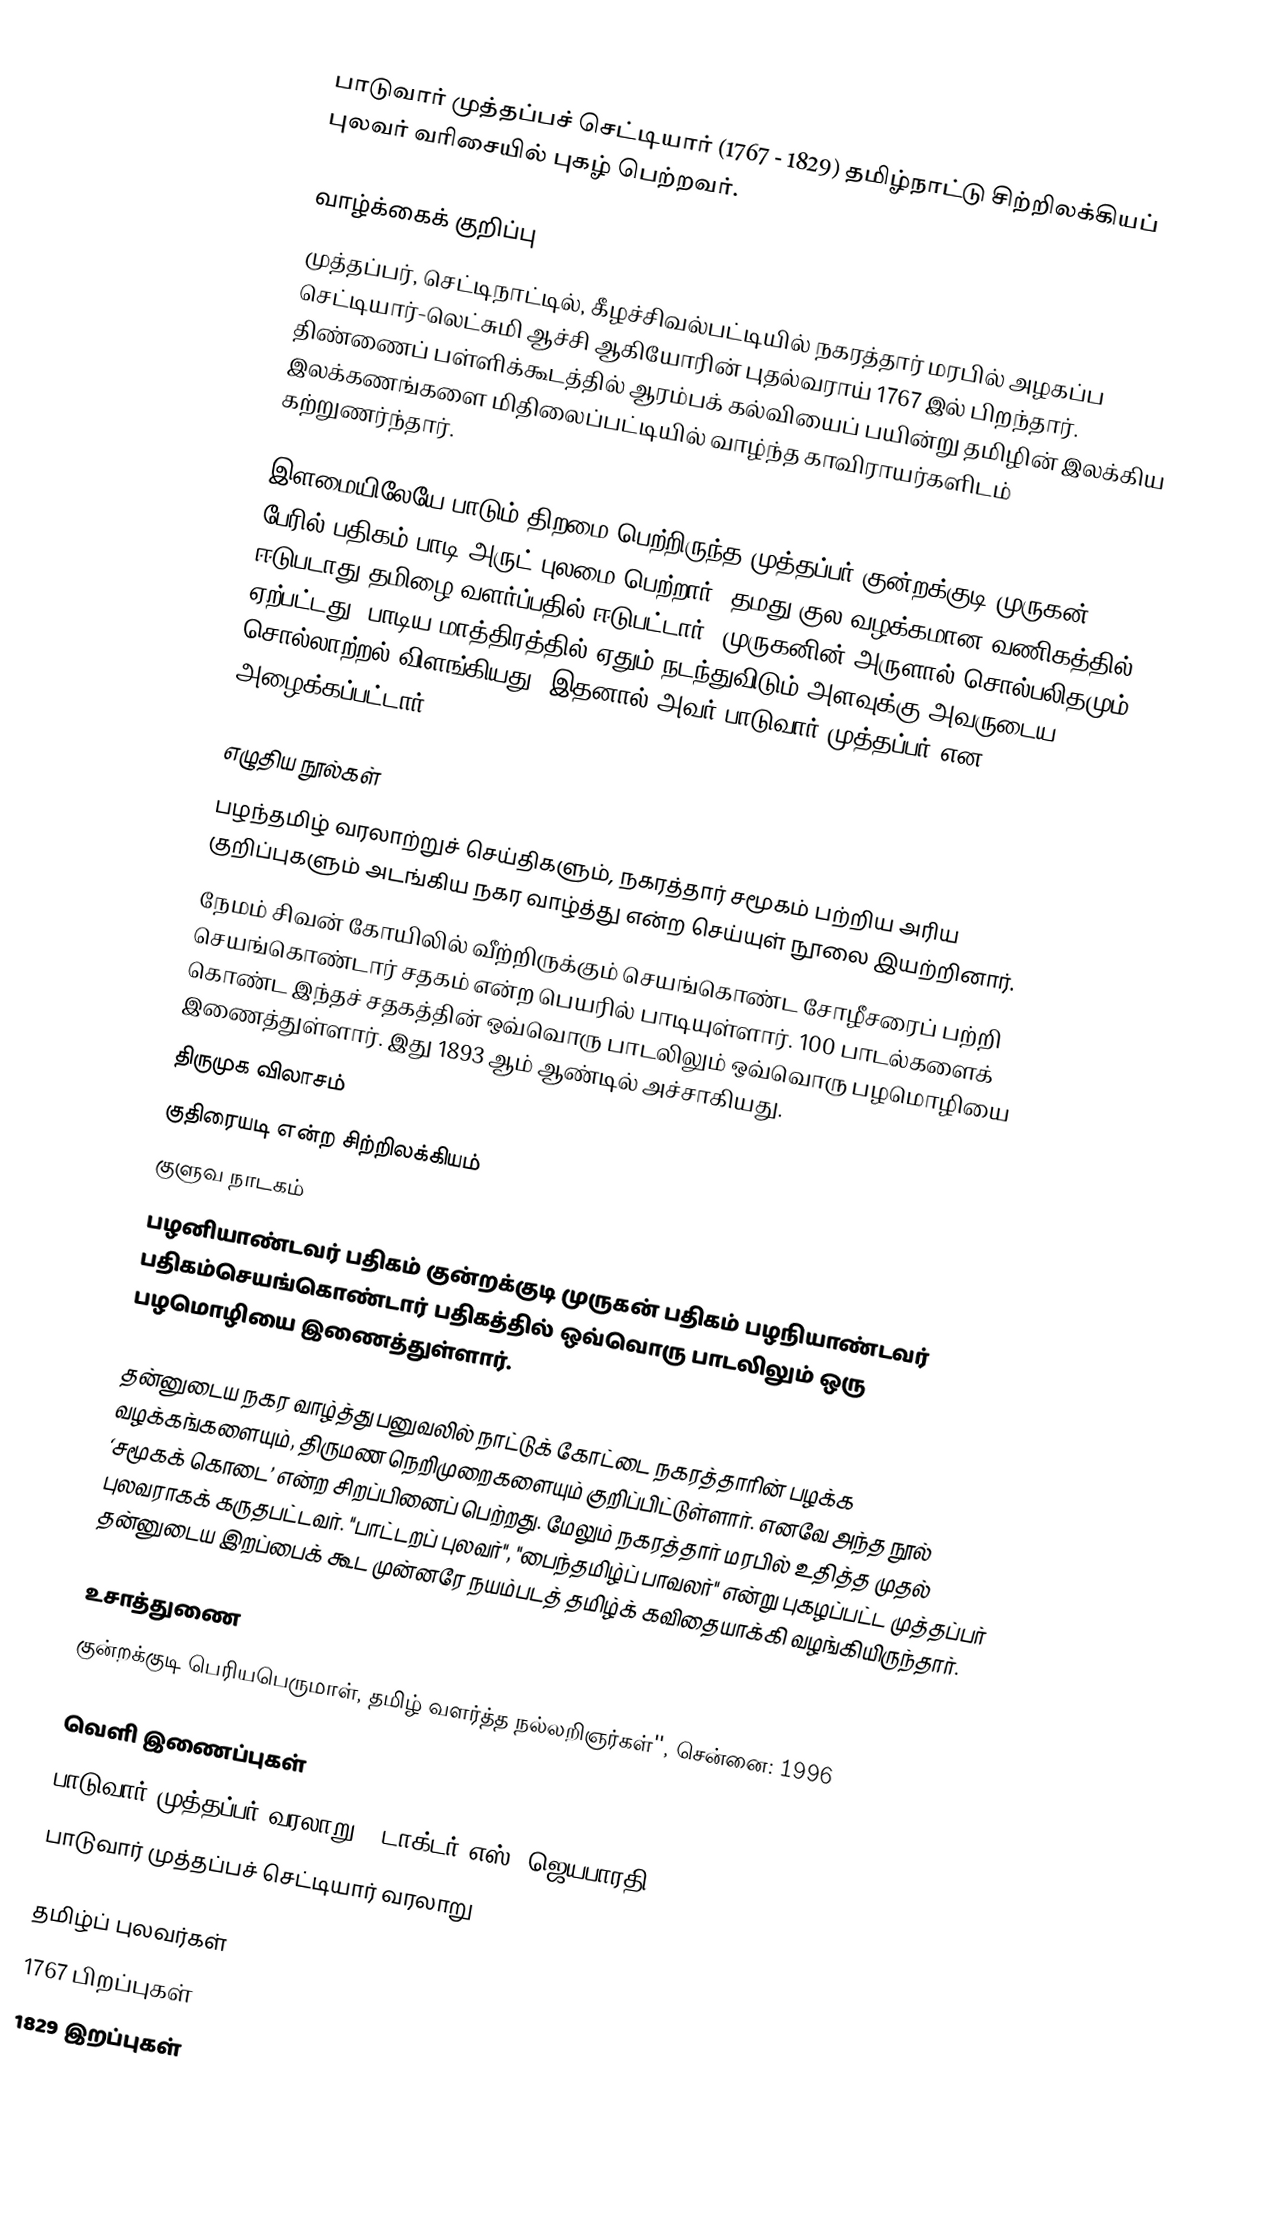
பாடுவார் முத்தப்பச் செட்டியார் (1767 - 1829) தமிழ்நாட்டு சிற்றிலக்கியப் புலவர் வரிசையில் புகழ் பெற்றவர்.

வாழ்க்கைக் குறிப்பு
முத்தப்பர், செட்டிநாட்டில்,  கீழச்சிவல்பட்டியில் நகரத்தார் மரபில் அழகப்ப செட்டியார்-லெட்சுமி ஆச்சி ஆகியோரின் புதல்வராய் 1767 இல் பிறந்தார். திண்ணைப் பள்ளிக்கூடத்தில் ஆரம்பக் கல்வியைப் பயின்று தமிழின் இலக்கிய இலக்கணங்களை மிதிலைப்பட்டியில் வாழ்ந்த காவிராயர்களிடம் கற்றுணர்ந்தார்.

இளமையிலேயே பாடும் திறமை பெற்றிருந்த முத்தப்பர் குன்றக்குடி முருகன் பேரில் பதிகம் பாடி அருட் புலமை பெற்றார். தமது குல வழக்கமான வணிகத்தில் ஈடுபடாது தமிழை வளர்ப்பதில் ஈடுபட்டார். முருகனின் அருளால் சொல்பலிதமும் ஏற்பட்டது. பாடிய மாத்திரத்தில் ஏதும் நடந்துவிடும் அளவுக்கு அவருடைய சொல்லாற்றல் விளங்கியது. இதனால் அவர் பாடுவார் முத்தப்பர் என அழைக்கப்பட்டார்.

எழுதிய நூல்கள்
 பழந்தமிழ் வரலாற்றுச் செய்திகளும், நகரத்தார் சமூகம் பற்றிய அரிய குறிப்புகளும் அடங்கிய நகர வாழ்த்து என்ற செய்யுள் நூலை இயற்றினார்.
 நேமம் சிவன் கோயிலில் வீற்றிருக்கும் செயங்கொண்ட சோழீசரைப் பற்றி செயங்கொண்டார் சதகம் என்ற பெயரில் பாடியுள்ளார். 100 பாடல்களைக் கொண்ட இந்தச் சதகத்தின் ஒவ்வொரு பாடலிலும் ஒவ்வொரு பழமொழியை இணைத்துள்ளார். இது 1893 ஆம் ஆண்டில் அச்சாகியது.
 திருமுக விலாசம்
 குதிரையடி என்ற சிற்றிலக்கியம்
 குளுவ நாடகம்
 பழனியாண்டவர் பதிகம் குன்றக்குடி முருகன் பதிகம் பழநியாண்டவர் பதிகம்செயங்கொண்டார் பதிகத்தில் ஒவ்வொரு பாடலிலும் ஒரு பழமொழியை இணைத்துள்ளார்.

தன்னுடைய நகர வாழ்த்து பனுவலில் நாட்டுக் கோட்டை நகரத்தாரின் பழக்க வழக்கங்களையும், திருமண நெறிமுறைகளையும் குறிப்பிட்டுள்ளார். எனவே அந்த நூல் ‘சமூகக் கொடை’ என்ற சிறப்பினைப் பெற்றது. மேலும் நகரத்தார் மரபில் உதித்த முதல் புலவராகக் கருதபட்டவர். "பாட்டறப் புலவர்", "பைந்தமிழ்ப் பாவலர்" என்று புகழப்பட்ட முத்தப்பர் தன்னுடைய இறப்பைக் கூட முன்னரே நயம்படத் தமிழ்க் கவிதையாக்கி வழங்கியிருந்தார்.

உசாத்துணை
 குன்றக்குடி பெரியபெருமாள், தமிழ் வளர்த்த நல்லறிஞர்கள்'', சென்னை: 1996

வெளி இணைப்புகள்
 பாடுவார் முத்தப்பர் வரலாறு  - டாக்டர் எஸ். ஜெயபாரதி
 பாடுவார் முத்தப்பச் செட்டியார் வரலாறு

தமிழ்ப் புலவர்கள்
1767 பிறப்புகள்
1829 இறப்புகள்